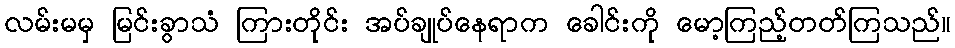
လမ်းမမှ မြင်းခွာသံ ကြားတိုင်း အပ်ချုပ်နေရာက ခေါင်းကို မော့ကြည့်တတ်ကြသည်။